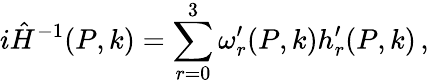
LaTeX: i\hat{H}^{-1}(P,k)=\sum_{r=0}^{3}\omega_{r}^{\prime}(P,k)h_{r}^{\prime}(P,k)\, ,